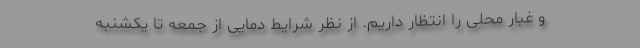
و غبار محلی را انتظار داریم. از نظر شرایط دمایی از جمعه تا یکشنبه